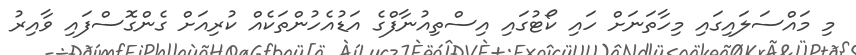
މި މައްސަލައިގައި މިހާތަނަށް ހައި ކޯޓުގައި އިސްތިއުނާފްގެ އަޑުއެހުންތަކެއް ކުރިއަށް ގެންގޮސްފައި ވާއިރު